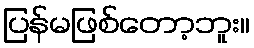
ပြန်မဖြစ်တော့ဘူး။